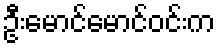
ဦးမောင်မောင်ဝင်းက